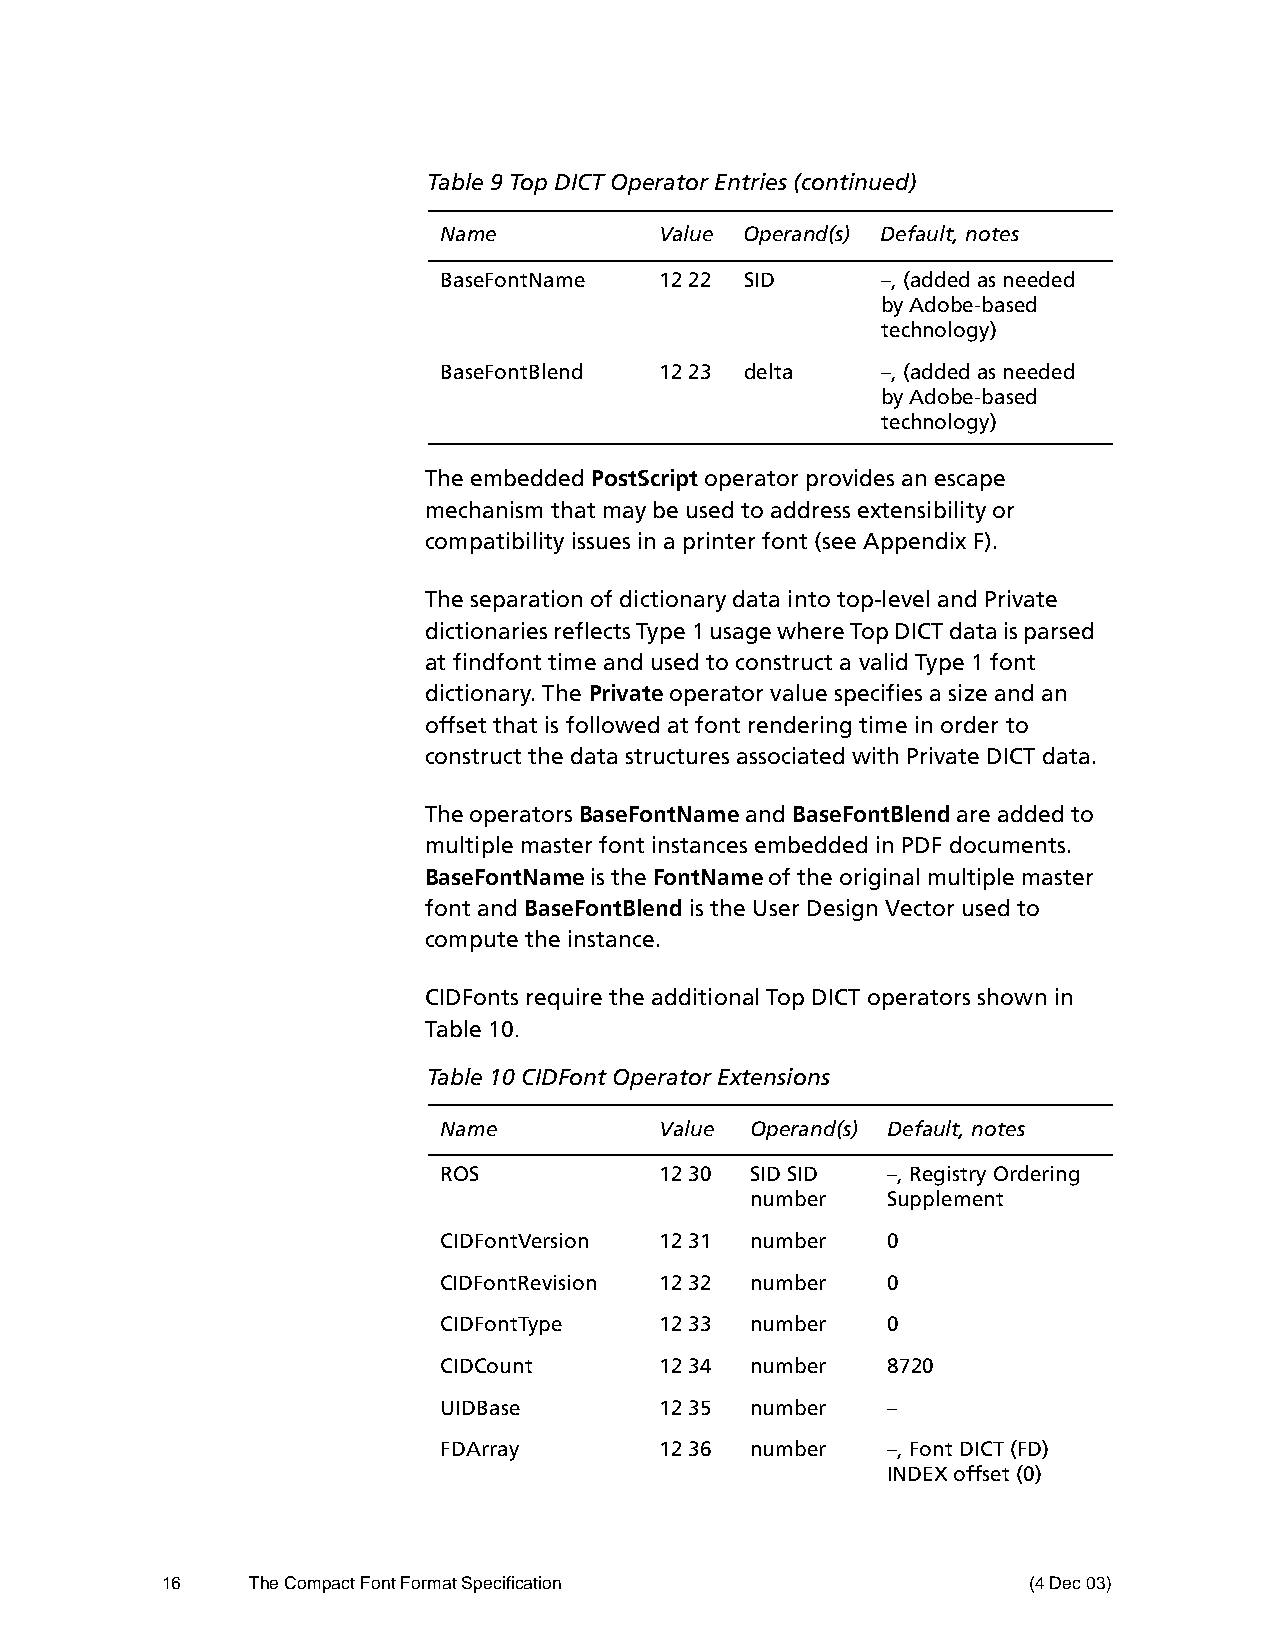
Table 9 Top DICT Operator Entries (continued)
 Name           Value Operand(s) Default, notes
 BaseFontName   12 22 SID     –, (added as needed
 by Adobe-based
 technology)
 BaseFontBlend  12 23 delta   –, (added as needed
 by Adobe-based
 technology)
 The embedded PostScript operator provides an escape
 mechanism that may be used to address extensibility or
 compatibility issues in a printer font (see Appendix F).
 The separation of dictionary data into top-level and Private
 dictionaries reflects Type 1 usage where Top DICT data is parsed
 at findfont time and used to construct a valid Type 1 font
 dictionary. The Private operator value specifies a size and an
 offset that is followed at font rendering time in order to
 construct the data structures associated with Private DICT data.
 The operators BaseFontName and BaseFontBlend are added to
 multiple master font instances embedded in PDF documents.
 BaseFontName is the FontName of the original multiple master
 font and BaseFontBlend is the User Design Vector used to
 compute the instance.
 CIDFonts require the additional Top DICT operators shown in
 Table 10.
 Table 10 CIDFont Operator Extensions
 Name           Value Operand(s) Default, notes
 ROS            12 30 SID SID  –, Registry Ordering
 number   Supplement
 CIDFontVersion 12 31 number   0
 CIDFontRevision 12 32 number  0
 CIDFontType    12 33 number   0
 CIDCount       12 34 number   8720
 UIDBase        12 35 number   –
 FDArray        12 36 number   –, Font DICT (FD)
 INDEX offset (0)
 16    The Compact Font Format Specification              (4 Dec 03)